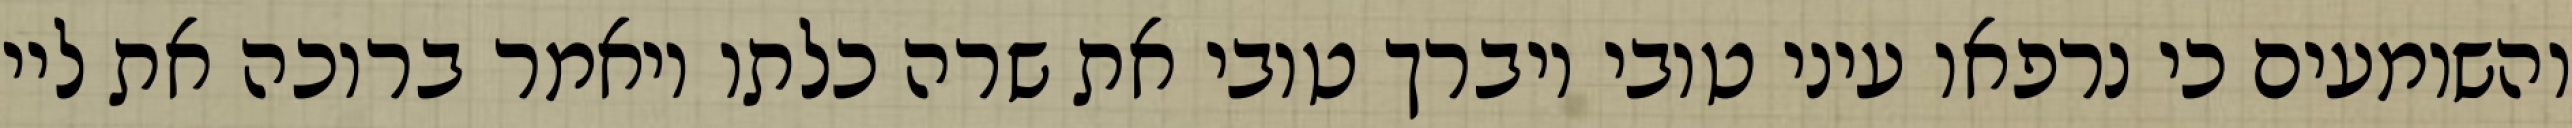
והשומעים כי נרפאו עיני טובי ויברך טובי את שרה כלתו ויאמר ברוכה את ליי